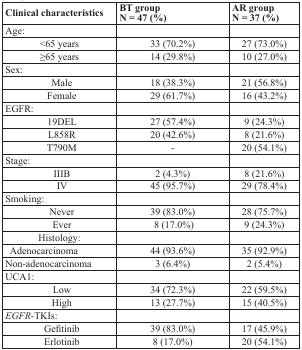
<table><thead><tr><td><b>Clinical characteristics</b></td><td><b>BT group N = 47 (%)</b></td><td><b>AR group N = 37 (%)</b></td></tr></thead><tbody><tr><td>Age:</td><td></td><td></td></tr><tr><td>&lt;65 years</td><td>33 (70.2%)</td><td>27 (73.0%)</td></tr><tr><td>≥65 years</td><td>14 (29.8%)</td><td>10 (27.0%)</td></tr><tr><td>Sex:</td><td></td><td></td></tr><tr><td>Male</td><td>18 (38.3%)</td><td>21 (56.8%)</td></tr><tr><td>Female</td><td>29 (61.7%)</td><td>16 (43.2%)</td></tr><tr><td>EGFR:</td><td></td><td></td></tr><tr><td>19DEL</td><td>27 (57.4%)</td><td>9 (24.3%)</td></tr><tr><td>L858R</td><td>20 (42.6%)</td><td>8 (21.6%)</td></tr><tr><td>T790M</td><td>-</td><td>20 (54.1%)</td></tr><tr><td>Stage:</td><td></td><td></td></tr><tr><td>IIIB</td><td>2 (4.3%)</td><td>8 (21.6%)</td></tr><tr><td>IV</td><td>45 (95.7%)</td><td>29 (78.4%)</td></tr><tr><td>Smoking:</td><td></td><td></td></tr><tr><td>Never</td><td>39 (83.0%)</td><td>28 (75.7%)</td></tr><tr><td>Ever</td><td>8 (17.0%)</td><td>9 (24.3%)</td></tr><tr><td>Histology:</td><td></td><td></td></tr><tr><td> Adenocarcinoma</td><td>44 (93.6%)</td><td>35 (92.9%)</td></tr><tr><td>Non-adenocarcinoma</td><td>3 (6.4%)</td><td>2 (5.4%)</td></tr><tr><td>UCA1:</td><td></td><td></td></tr><tr><td>Low</td><td>34 (72.3%)</td><td>22 (59.5%)</td></tr><tr><td>High</td><td>13 (27.7%)</td><td>15 (40.5%)</td></tr><tr><td><i>EGFR</i>-TKIs:</td><td></td><td></td></tr><tr><td>Gefitinib</td><td>39 (83.0%)</td><td>17 (45.9%)</td></tr><tr><td>Erlotinib</td><td>8 (17.0%)</td><td>20 (54.1%)</td></tr></tbody></table>